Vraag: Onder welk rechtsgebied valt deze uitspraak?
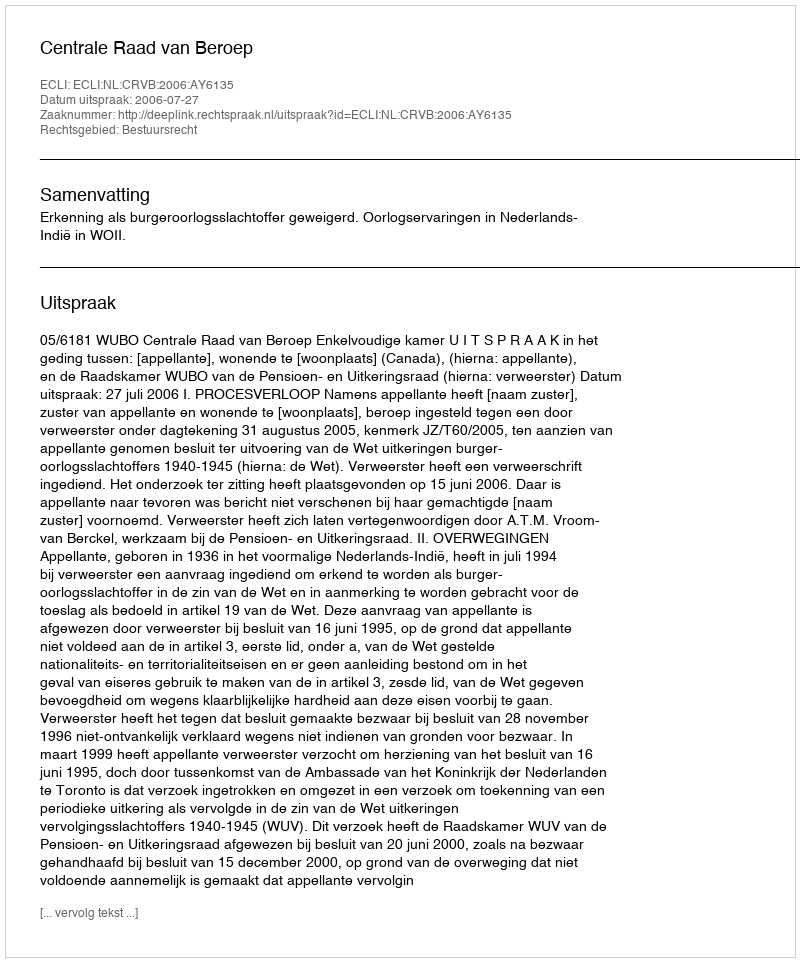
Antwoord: Bestuursrecht